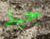
جيد